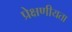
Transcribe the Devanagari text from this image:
प्रेक्षणीयता